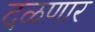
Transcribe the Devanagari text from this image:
दळणार